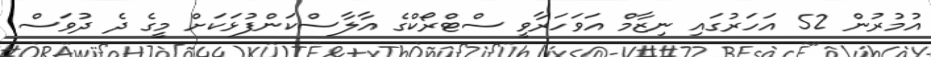
އުމުރުން 52 އަހަރުގައި ނިޒާމް އަވަހަރާވީ ސްޓްރޯކްގެ އާލާސްކަންފުޅަކަށް މީގެ ދެ ދުވަސް